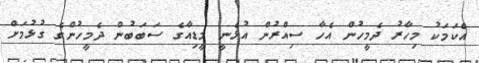
އެކަމަކު މިހާރު ދެމީހުން އެހާ ސިއްރުން އުޅެނީ މީޑިއާގެ ސަބަބުން ދެމީހުންގެ ގުޅުމަށް